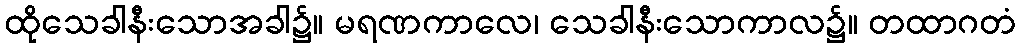
ထိုသေခါနီးသောအခါ၌။ မရဏကာလေ၊ သေခါနီးသောကာလ၌။ တထာဂတံ